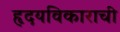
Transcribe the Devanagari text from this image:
हृदयविकाराची